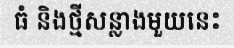
ធំ និងថ្មីសន្លាងមួយនេះ